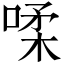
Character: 㖻